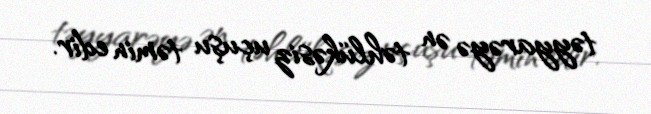
təyyarəyə ən təhlükəsiz uçuşu təmin edir.